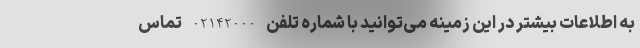
به اطلاعات بیشتر در این زمینه می‌توانید با شماره تلفن 02142000 تماس